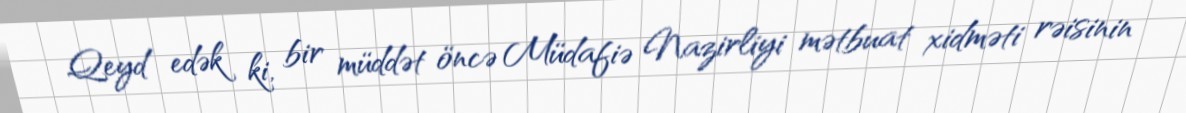
Qeyd edək ki, bir müddət öncə Müdafiə Nazirliyi mətbuat xidməti rəisinin